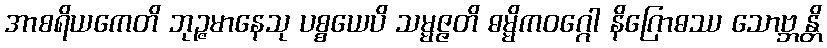
အာစရိယကေတိ ဘုဉ္ဇမာနေသု ပစ္စယေပိ သမ္မဇ္ဇတိ ဓမ္မိကဝဂ္ဂေါ နိဂြောဓဿ သောဗ္ဘန္တိ